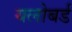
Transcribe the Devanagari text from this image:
यलोबर्ड